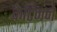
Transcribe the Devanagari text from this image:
केटिनने